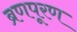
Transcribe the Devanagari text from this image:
ब्रणपूरण